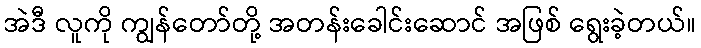
အဲဒီ လူကို ကျွန်တော်တို့ အတန်းခေါင်းဆောင် အဖြစ် ရွေးခဲ့တယ်။